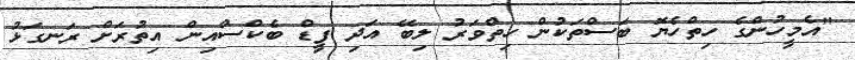
"އެމީހުންގެ ހިތްހެޔޮ ބަސްތަކުން ހިތްވަރު ލިބޭ އަދި ފީޑް ބެކްސްއިން އިތުރަށް ރަނގަޅު